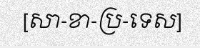
[សា-ខា-ប្រ-ទេស]